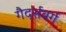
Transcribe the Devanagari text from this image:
गैदर्सबर्ग